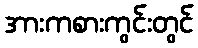
အားကစားကွင်းတွင်